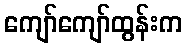
ကျော်ကျော်ထွန်းက